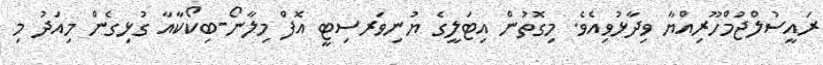
ރައީސުލްޖުމްހޫރިއްޔާ ވިދާޅުވިއެވެ. މިގޮތުން އިޓަލީގެ ޔުނިވަރސިޓީ އޮފް މިލާނޯ-ބިކޯކާއާ ގުޅިގެން މިއަދު މި